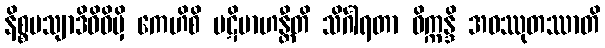
နိစ္စမသျာဒိဝိဓိမှိ ကေဟိစိ ပဋိဗာဟန္တီတိ သိင်္ဂါရတာ ဝိက္ကန္ဒိ အဝဿုတဿာတိ